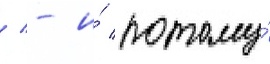
/ - и́ потому́